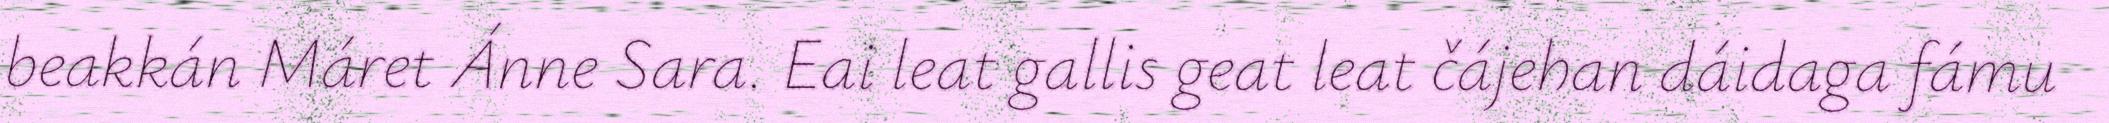
beakkán Máret Ánne Sara. Eai leat gallis geat leat čájehan dáidaga fámu